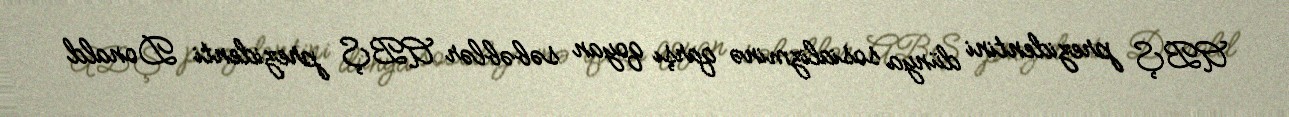
ABŞ prezidentini dünya sosializminə qarşı qoyan səbəblər ABŞ prezidenti Donald